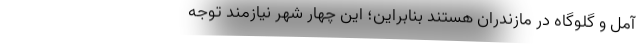
آمل و گلوگاه در مازندران هستند بنابراین؛ این چهار شهر نیازمند توجه